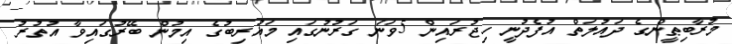
މުރާބިޠީންގެ ދައުލަތް އުފެދުނީ ހިޖުރައިން 5ވަނަ ގަރުނުގައި މަޣުރިބުގެ އިމުން ބޭރުގައިވާ އުތުރު